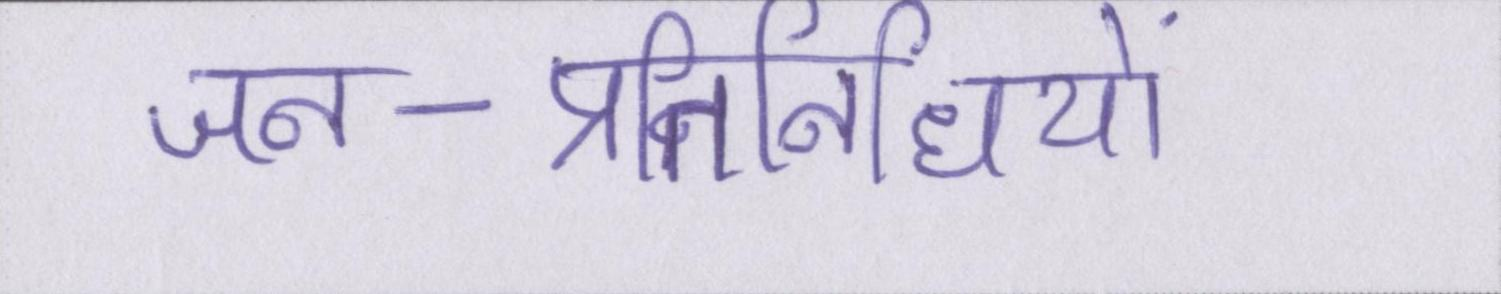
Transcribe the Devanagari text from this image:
जन-प्रतिनिधियों